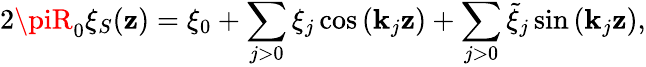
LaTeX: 2\piR_{0}\xi_{S}(\mathbf{z})=\xi_{0}+\sum_{j>0}\xi_{j}\cos\left(\mathbf{k}_{j}\mathbf{z}\right)+\sum_{j>0}\tilde{{\xi}}_{j}\sin\left(\mathbf{k}_{j}\mathbf{z}\right),